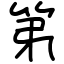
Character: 第